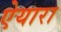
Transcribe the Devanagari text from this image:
ऐयारा